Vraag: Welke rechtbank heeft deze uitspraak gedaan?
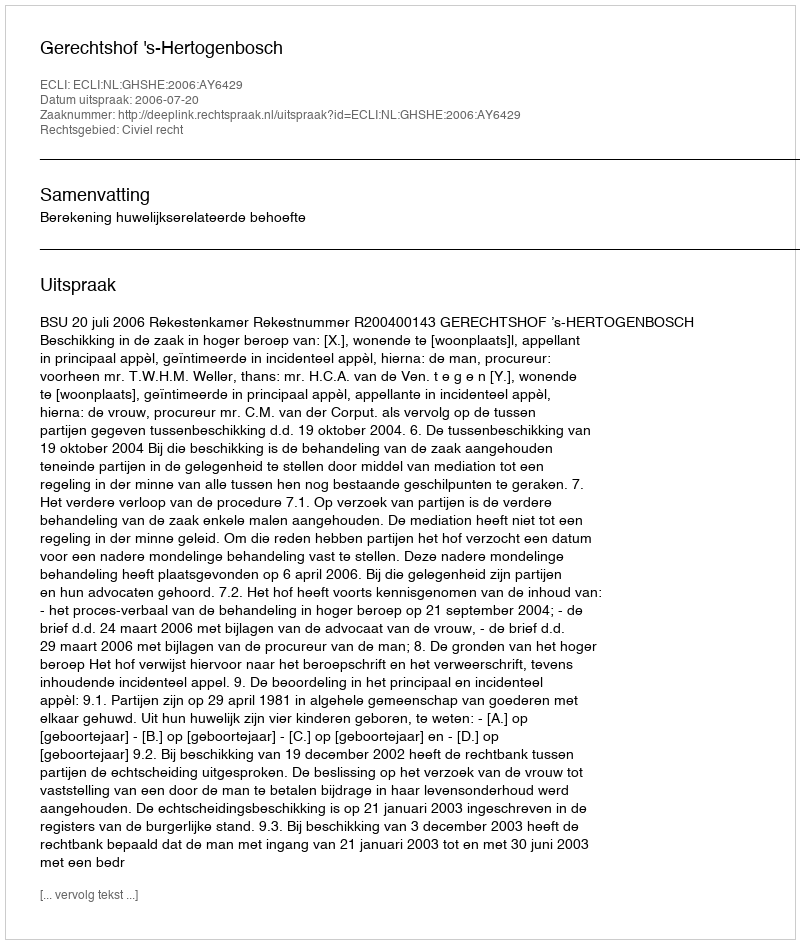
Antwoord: Gerechtshof 's-Hertogenbosch